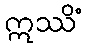
ဣဿိံ